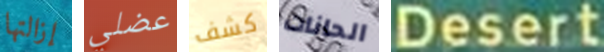
إزالتها عضلي كشف الحانات Desert